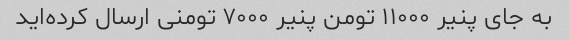
به جای پنیر ۱۱۰۰۰ تومن پنیر ۷۰۰۰ تومنی ارسال کرده‌اید